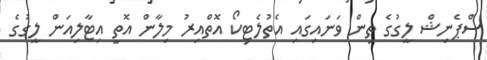
ސްޕެނިޝް ލީގުގެ ތިން ވަނައިގައި އެތުލެޓިކޯ އޮތްއިރު މިލާން އޮތީ އިޓާލިއަން ލީގުގެ